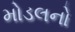
મોડલનો